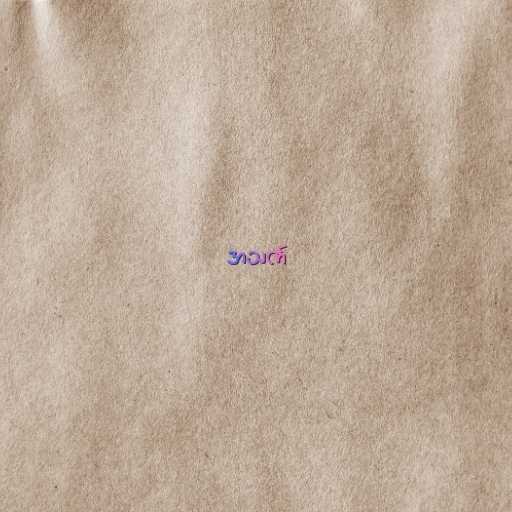
အသက်